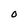
Character: O